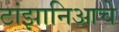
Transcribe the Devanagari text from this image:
टांझानिआचे